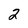
Character: 2